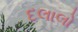
દલાલો